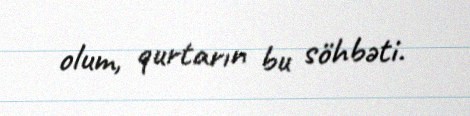
olum, qurtarın bu söhbəti.